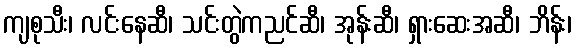
ကျစုသီး၊ လင်းနေဆီ၊ သင်းတွဲကညင်ဆီ၊ အုန်းဆီ၊ ရှားဆေးအဆီ၊ ဘိန်း၊